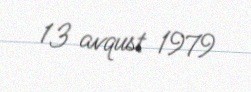
13 avqust 1979